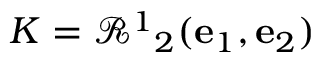
K = \mathcal { R } ^ { 1 } { } _ { 2 } ( \mathbf { e } _ { 1 } , \mathbf { e } _ { 2 } )